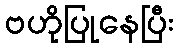
ဗဟိုပြုနေပြီး